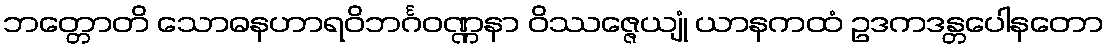
ဘတ္တောတိ သောဓနဟာရဝိဘင်္ဂဝဏ္ဏနာ ဝိဿဇ္ဇေယျုံ ယာနကထံ ဥဒကဒန္တပေါနတော